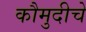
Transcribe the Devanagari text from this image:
कौमुदीचे